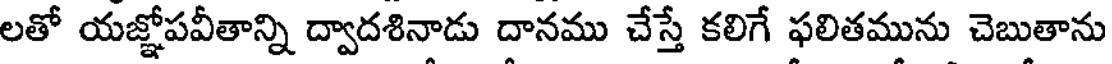
లతో యజ్ఞోపవీతాన్ని ద్వాదశినాడు దానము చేస్తే కలిగే ఫలితమును చెబుతాను